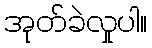
အုတ်ခဲလှုပါ။